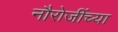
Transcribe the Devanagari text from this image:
नौरोजींच्या